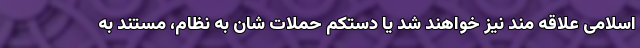
اسلامی علاقه مند نیز خواهند شد یا دستکم حملات شان به نظام، مستند به